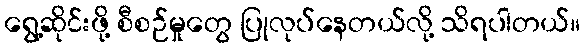
ရွေ့ဆိုင်းဖို့ စီစဉ်မှုတွေ ပြုလုပ်နေတယ်လို့ သိရပါတယ်။